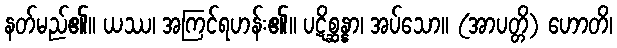
နတ်မည်၏။ ယဿ၊ အကြင်ရဟန်း၏။ ပဋိစ္ဆန္နာ၊ အပ်သော။ (အာပတ္တိ) ဟောတိ၊